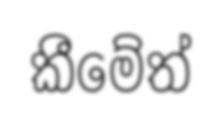
කීමේත්